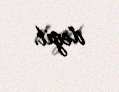
deyil.